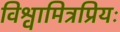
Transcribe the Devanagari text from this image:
विश्वामित्रप्रियः